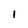
Character: 1